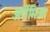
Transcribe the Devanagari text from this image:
अर्तेमिओ